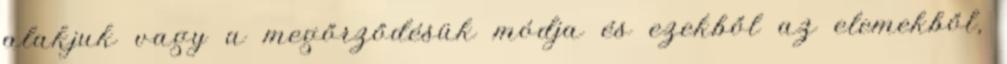
alakjuk vagy a megőrződésük módja és ezekből az elemekből,